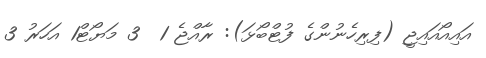
އައިއޯއައިޖީ (ފިރިހެނުންގެ ފުޓްބޯޅަ): ރާއްޖެ 1  3 މަޔޯޓް1 އަހަރު 3